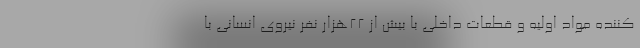
کننده مواد اولیه و قطعات داخلی با بیش از ٢٢هزار نفر نیروی انسانی با